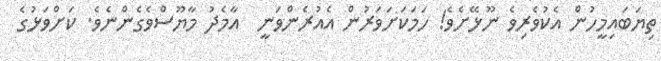
ތިޔަބައިމީހުން އެކުވެރިވެ ނޫޅޭށެވެ! ހަމަކަށަވަރުން އެއުރެންވަނީ  އާމެދު މާޔޫސްވެގެންނެވެ. ކަށްވަޅުގެ